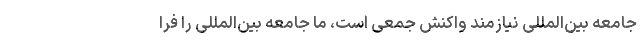
جامعه بین‌المللی نیازمند واکنش جمعی است، ما جامعه بین‌المللی را فرا